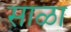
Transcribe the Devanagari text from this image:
साळा